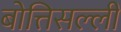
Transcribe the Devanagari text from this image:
बोत्तिसल्ली